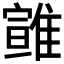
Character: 𩀈